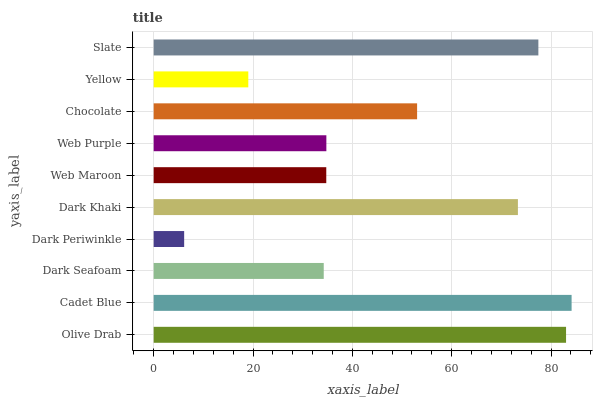
| yaxis_label | bars |
 | --- | --- |
 | Olive Drab | 83 |
 | Cadet Blue | 84.1 |
 | Dark Seafoam | 34.2 |
 | Dark Periwinkle | 6.14 |
 | Dark Khaki | 73.3 |
 | Web Maroon | 34.7 |
 | Web Purple | 34.8 |
 | Chocolate | 53 |
 | Yellow | 19 |
 | Slate | 77.4 |